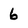
Character: 6